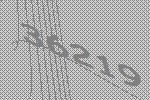
36219